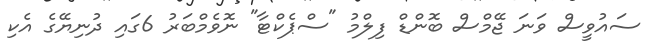
ސައުވީސް ވަނަ ޖޭމްސް ބޮންޑް ފިލްމު "ސްޕެކްޓާ" ނޮވެމްބަރު 6ގައި ދުނިޔޭގެ އެކި